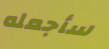
سأجعله